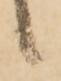
候